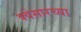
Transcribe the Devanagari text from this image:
क्वेसारच्या